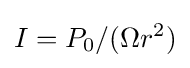
I=P_{0}/(\Omega r^{2})\,\!